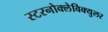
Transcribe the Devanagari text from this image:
स्टरनोक्लेविक्युलर